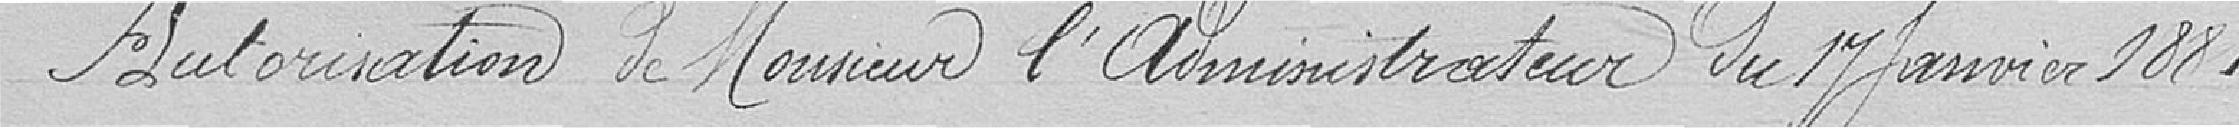
Autorisation de Monsieur l'Administrateur du 17 Janvier 1881